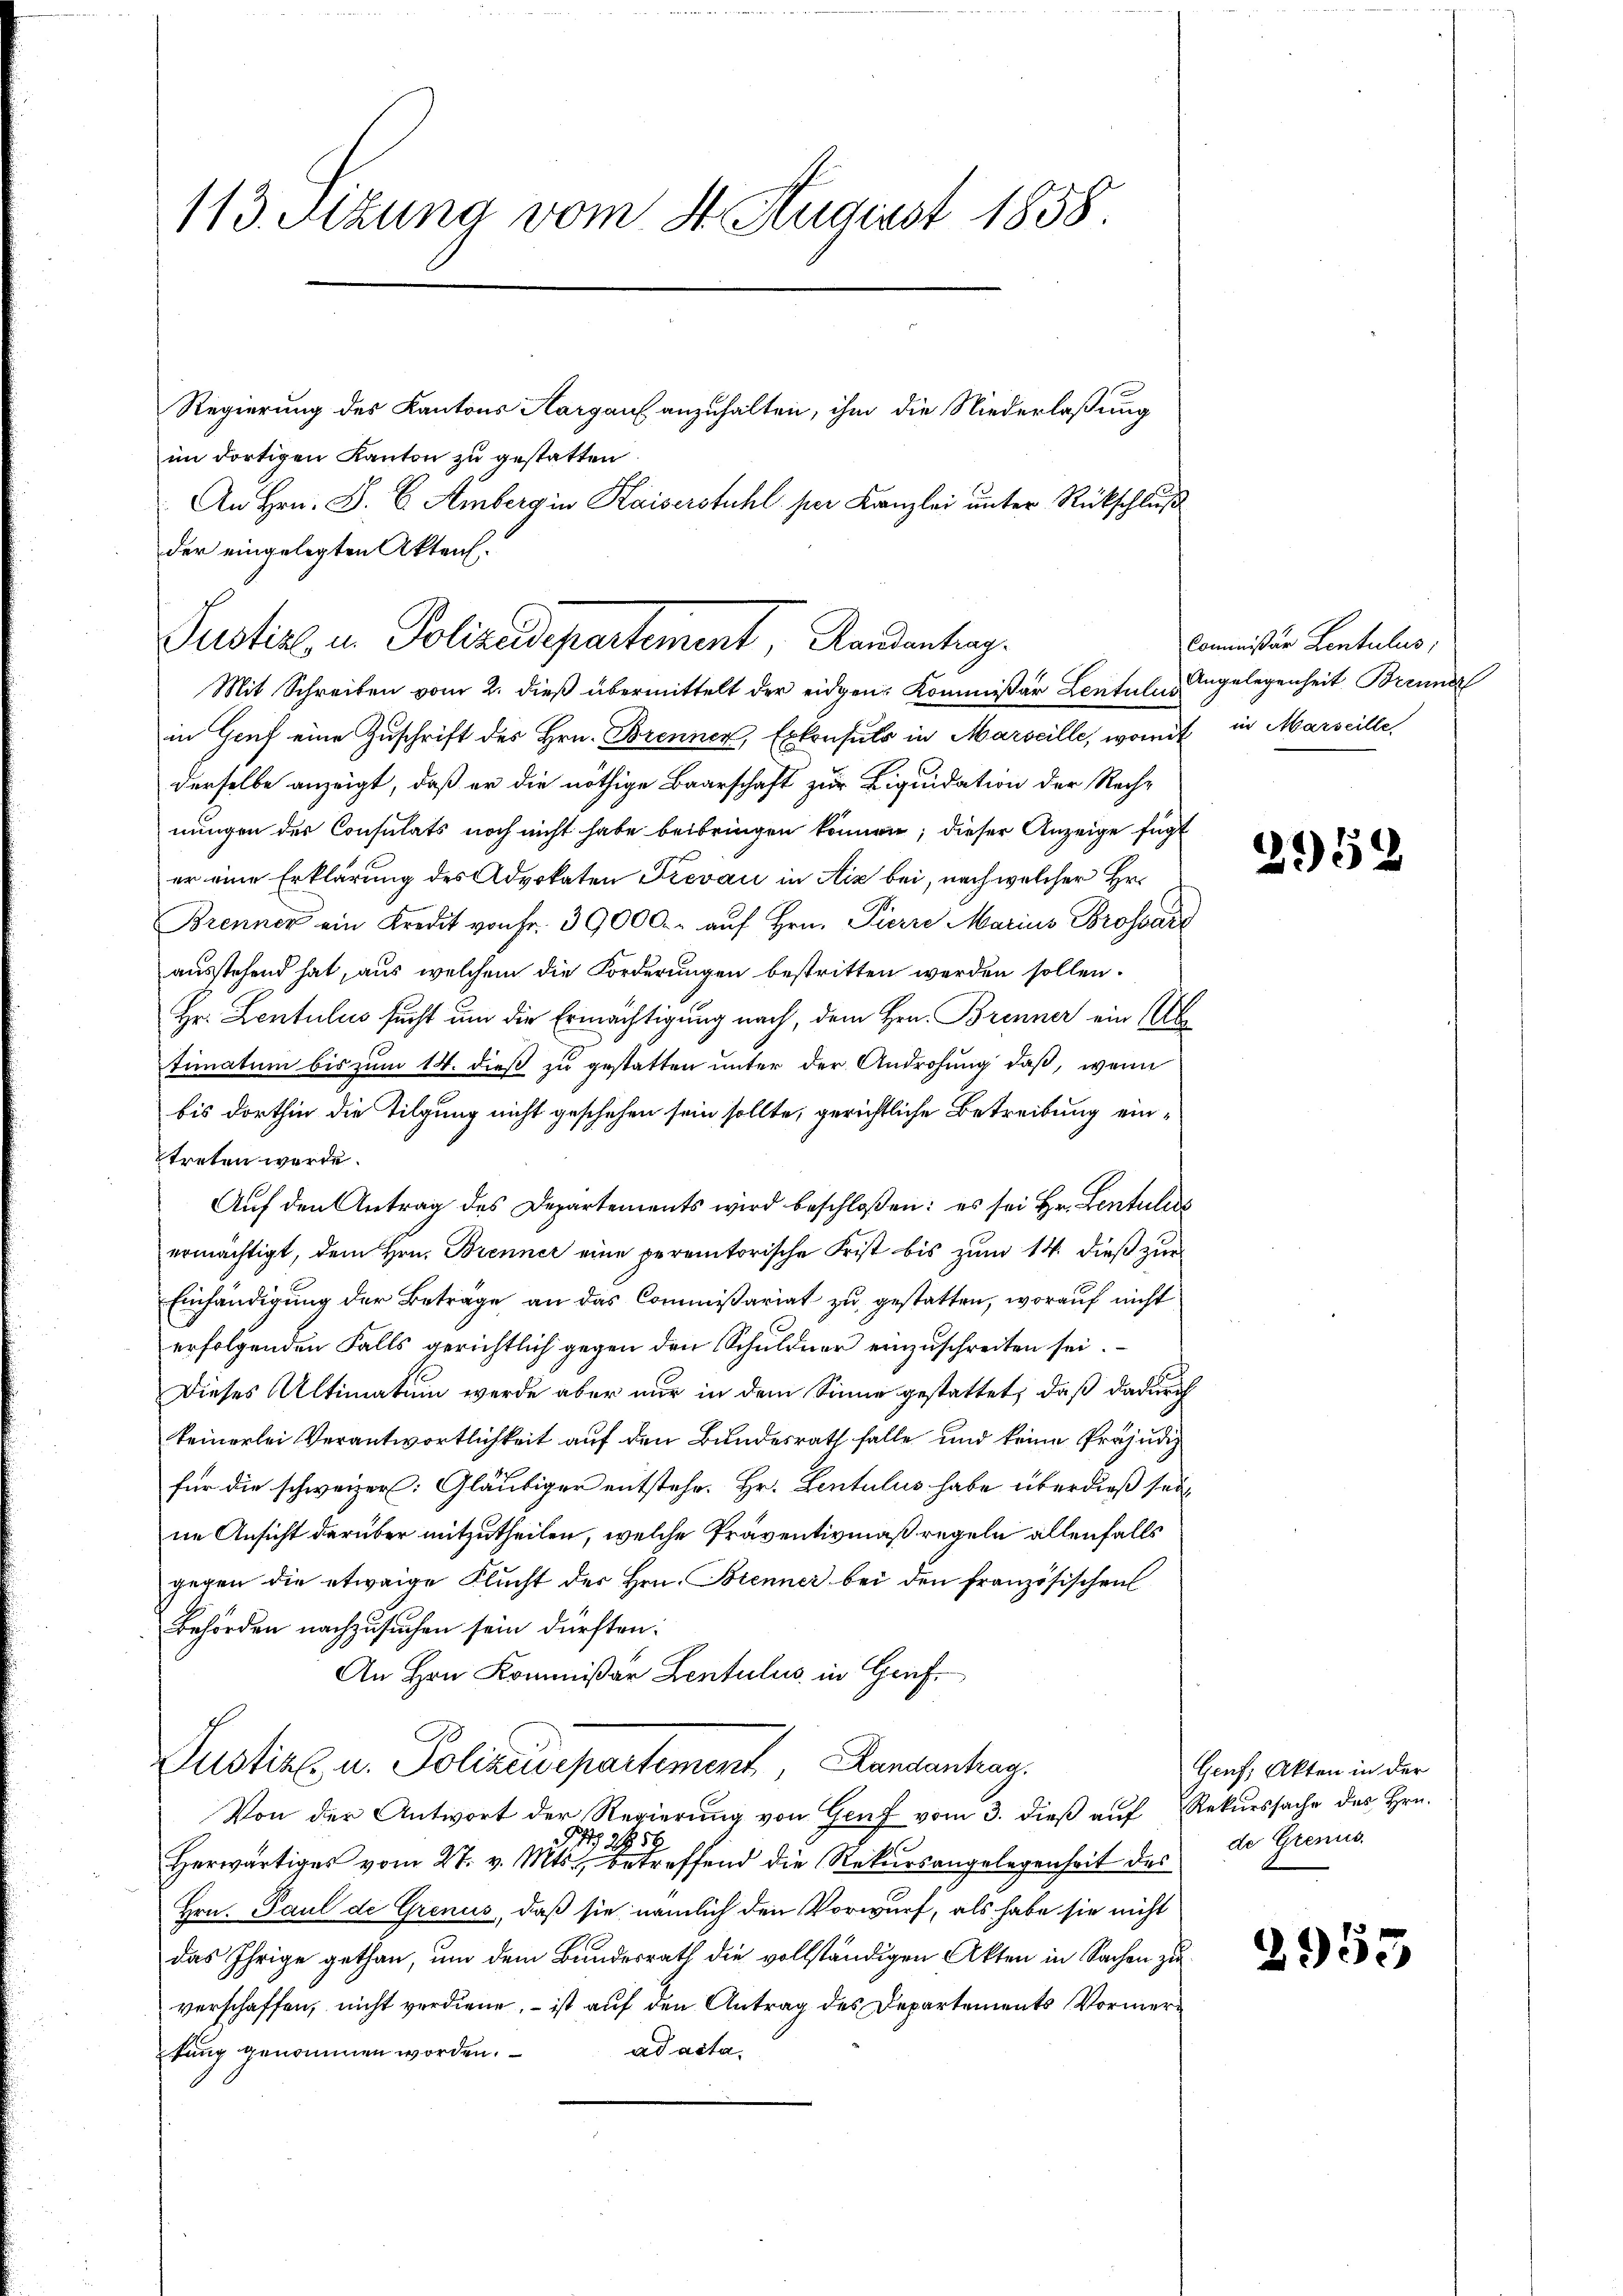
113. Sitzung vom 8. August 1858.

Regierung des Kantons Aargauf anzuhalten, ihm die Niederlaßung
im dortigen Kanton zu gestatten.
An Hrn. F. C. Amberg in Kaiserstuhl per Kanzlei unter Rückschluß
der eingelegten Akten.
in Gruf eine Zuschrift des Hrn. Brennen, Erkonsuls in Marseille, womit in Marseille,
derselbe anzeigt, daß er die nöthige Baarschaft zur Liquidation der Reche
nungen der Consulats noch nicht habe beibringen können; dieser Anzeige fügt
er eine Erklärung des Advokaten Frevac in Aiz bei, nach welcher Hr.
Brenner ein Kredit von Fr. 39000.- aŭf Hrn. Pierre Marius Brossare
ausstehend hat, aus welchem die Forderungen bestritten werden sollen.
Hr. Lentulus sucht um die Ermächtigung nach, dem Hrn. Brenner ein Abtimatum bis zum 14. dieß zu gestatten unter der Androhung daß, wenn
bis dorthin die Tilgung nicht geschehen sein sollte, gerichtliche Betreibung eintreten werde.
Auf den Antrag des Departements wird beschloßen: es sei Hr. Lentulis
ermächtigt, dem Hrn. Brenner eine peremtorische Frist bis zum 14. dieß zur
Einhändigung der Beträge an das Commissariat zu gestatten, worauf nicht
erfolgenden Falls gerichtlich gegen den Schuldner einzuschreiten sei.
Dieses Ultimatum werde aber nur in dem Sinne gestattet, daß dadurch
keinerlei Verantwortlichkeit auf den Bundesrath falle und keine Präjudig
für die schweizer Gläubiger entstehe. Hr. Lentulus habe überdieß seine Ansicht darüber mitzutheilen, welche Präventivmaßregeln allenfalls
gegen die etwaige Flŭcht des Hrn. Brenner bei den französischen
Behörden nachzusuchen sein dürften.
An Hrn. Kommißar Zentulus in Hauf
Justiz u. Polizeidepartement, Handenhag
Von der Antwort der Regierung von Genf vom 3. dieß auf Rekurssache des Hrn.
PG 285
Herwärtiges vom 27. v. Mts. betreffend die Rekŭrsangelegenheit des de Grenus.
Hrn. Paul de Grenus, daß sie nämlich den Vorwurf, als habe sie nicht
das Ihrige gethan, um dem Bundesrath die vollständigen Akten in Sachen zu
verschaffen, nicht verdiene, – ist auf den Antrag des Departements Vormerad acta.
tung genommen worden.

Pustiz, in Polizeidepartement, Randantrag.

Mit Schreiben vom 2. dieß übermittelt der eidgen: Kommissär Lentuln, Angelegenheit Breunds

Commißär Lentulus;

2959

Genf, Akten in der

2955